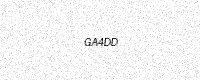
Text: GA4DD